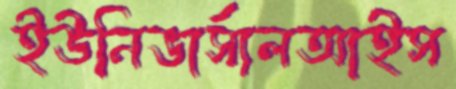
ইউনিভার্সালআইস